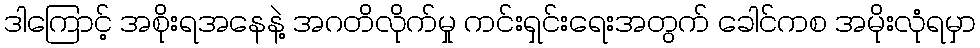
ဒါကြောင့် အစိုးရအနေနဲ့ အဂတိလိုက်မှု ကင်းရှင်းရေးအတွက် ခေါင်ကစ အမိုးလုံရမှာ